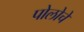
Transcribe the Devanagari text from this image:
पोलोचे